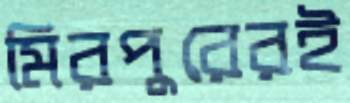
মিরপুরেরই